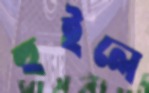
হুইলে